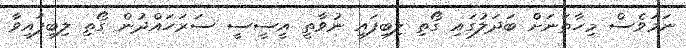
ނަމަވެސް މިހާތަނަށް ބަދަލުގައި ގޯތި ލިބިފައި ނުވާތީ އީސީސީ ސަރަހައްދުން ގޯތި ލިބިފައިވާ